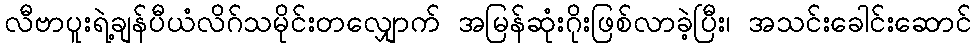
လီဗာပူးရဲ့ချန်ပီယံလိဂ်သမိုင်းတလျှောက် အမြန်ဆုံးဂိုးဖြစ်လာခဲ့ပြီး၊ အသင်းခေါင်းဆောင်